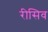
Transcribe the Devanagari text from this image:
रीसिव